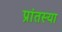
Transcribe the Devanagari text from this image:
प्रांतस्या